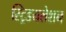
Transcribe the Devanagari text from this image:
स्ट्रिडयलेशन